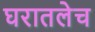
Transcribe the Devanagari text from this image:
घरातलेच